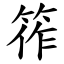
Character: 筰